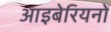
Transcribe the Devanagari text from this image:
आइबेरियनों